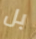
بل